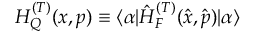
H _ { Q } ^ { ( T ) } ( x , p ) \equiv \langle \alpha | \hat { H } _ { F } ^ { ( T ) } ( \hat { x } , \hat { p } ) | \alpha \rangle